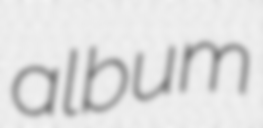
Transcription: album